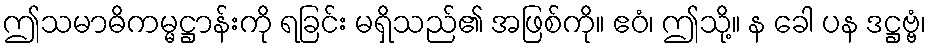
ဤသမာဓိကမ္မဋ္ဌာန်းကို ရခြင်း မရှိသည်၏ အဖြစ်ကို။ ဧဝံ၊ ဤသို့။ န ခေါ ပန ဒဋ္ဌဗ္ဗံ၊